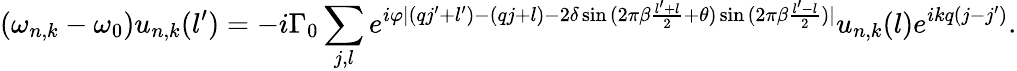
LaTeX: (\omega_{n,k}-\omega_{0})u_{n,k}(l^{\prime})=-i\Gamma_{0}\sum_{j,l}{e^{i\varphi|(qj^{\prime}+l^{\prime})-(qj+l)-2\delta\sin{(2\pi\beta\frac{l^{\prime}+l}{2}+\theta)}\sin{(2\pi\beta\frac{l^{\prime}-l}{2})}|}u_{n,k}(l)e^{ikq(j-j^{\prime})}}.